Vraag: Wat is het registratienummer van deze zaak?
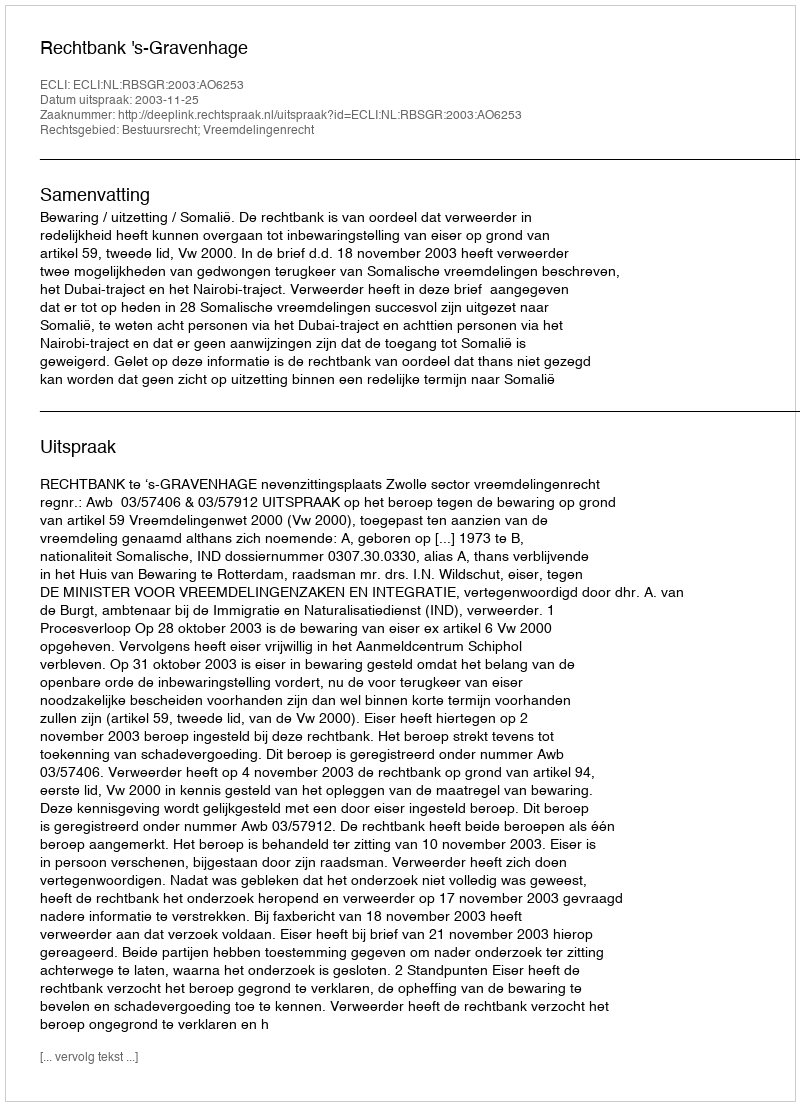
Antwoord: http://deeplink.rechtspraak.nl/uitspraak?id=ECLI:NL:RBSGR:2003:AO6253